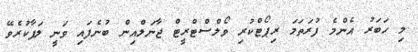
މި ހަބަރު އެންމެ ފުރަތަމަ ރިޕޯޓްކުރި ވޯލްސްޓްރީޓް ޖާނަލްއިން ބުނެފައި ވަނީ ލަފާކުރެވޭ